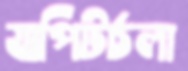
যাপিটর্চলা